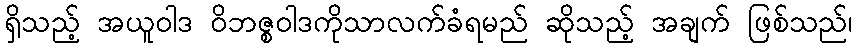
ရှိသည့် အယူဝါဒ ဝိဘဇ္စဝါဒကိုသာလက်ခံရမည် ဆိုသည့် အချက် ဖြစ်သည်၊